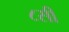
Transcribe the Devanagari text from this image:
८सी